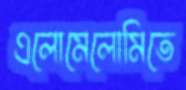
এলোমেলোমিতে